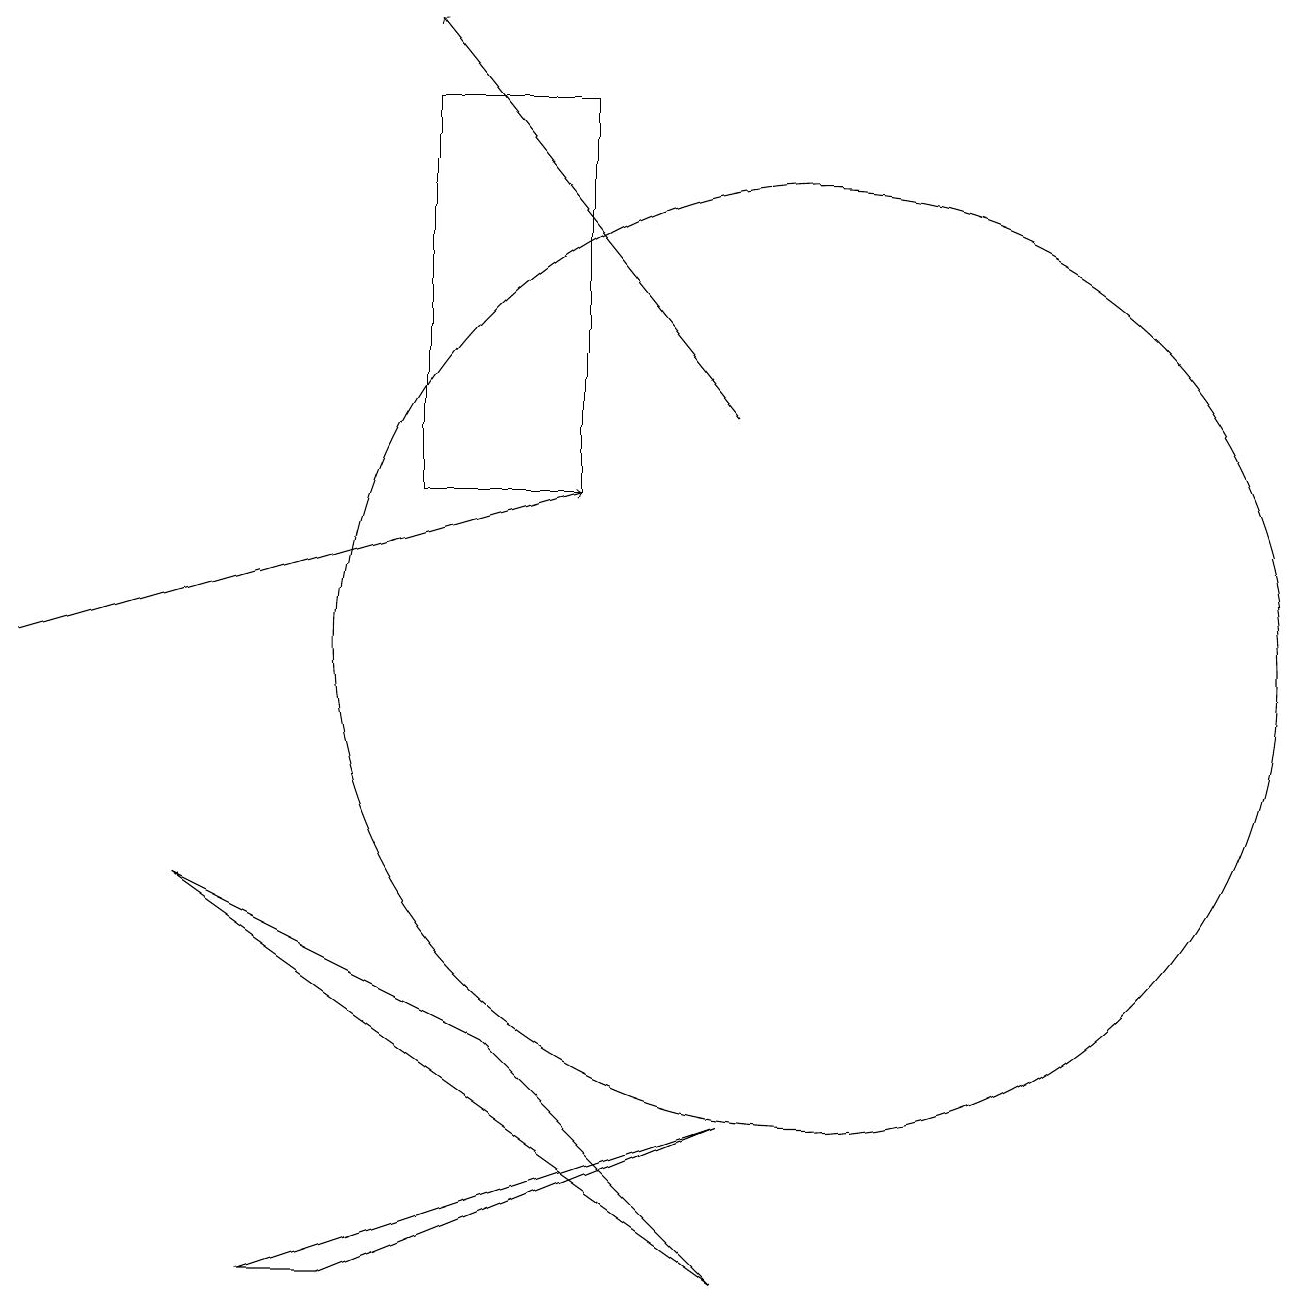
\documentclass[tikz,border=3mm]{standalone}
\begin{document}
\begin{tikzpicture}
\draw[->] (0,10) -- (7,12);
\draw (10,10) circle (6);
\draw[->] (9,13) -- (5,18);
\draw (9,2) -- (2,7) -- (6,5) -- cycle;
\draw (9,4) -- (4,2) -- (3,2) -- cycle;
\draw (7,17) rectangle (5,12);
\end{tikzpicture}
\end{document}